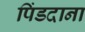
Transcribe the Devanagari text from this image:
पिंडदाना